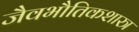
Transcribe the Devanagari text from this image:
जैवभौतिकशास्त्र